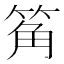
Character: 䇶